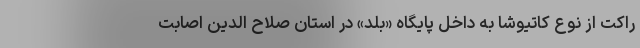
راکت از نوع کاتیوشا به داخل پایگاه «بلد» در استان صلاح الدین اصابت